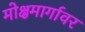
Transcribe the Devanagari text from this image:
मोक्षमार्गावर